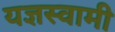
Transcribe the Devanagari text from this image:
यज्ञस्वामी